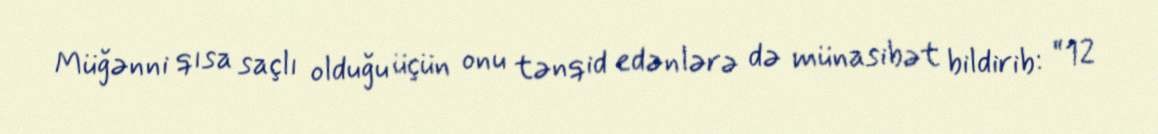
Müğənni qısa saçlı olduğu üçün onu tənqid edənlərə də münasibət bildirib: “12